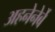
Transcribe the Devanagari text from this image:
अहनेनेर्बे